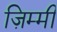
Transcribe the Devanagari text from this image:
ज़िम्मी